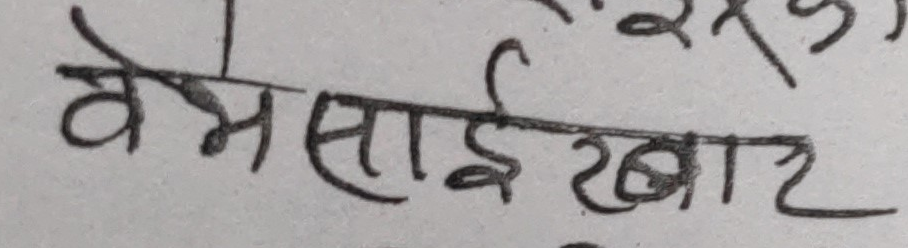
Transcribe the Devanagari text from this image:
वेमसाई रखार